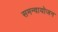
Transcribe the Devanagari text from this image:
समन्वायोजन